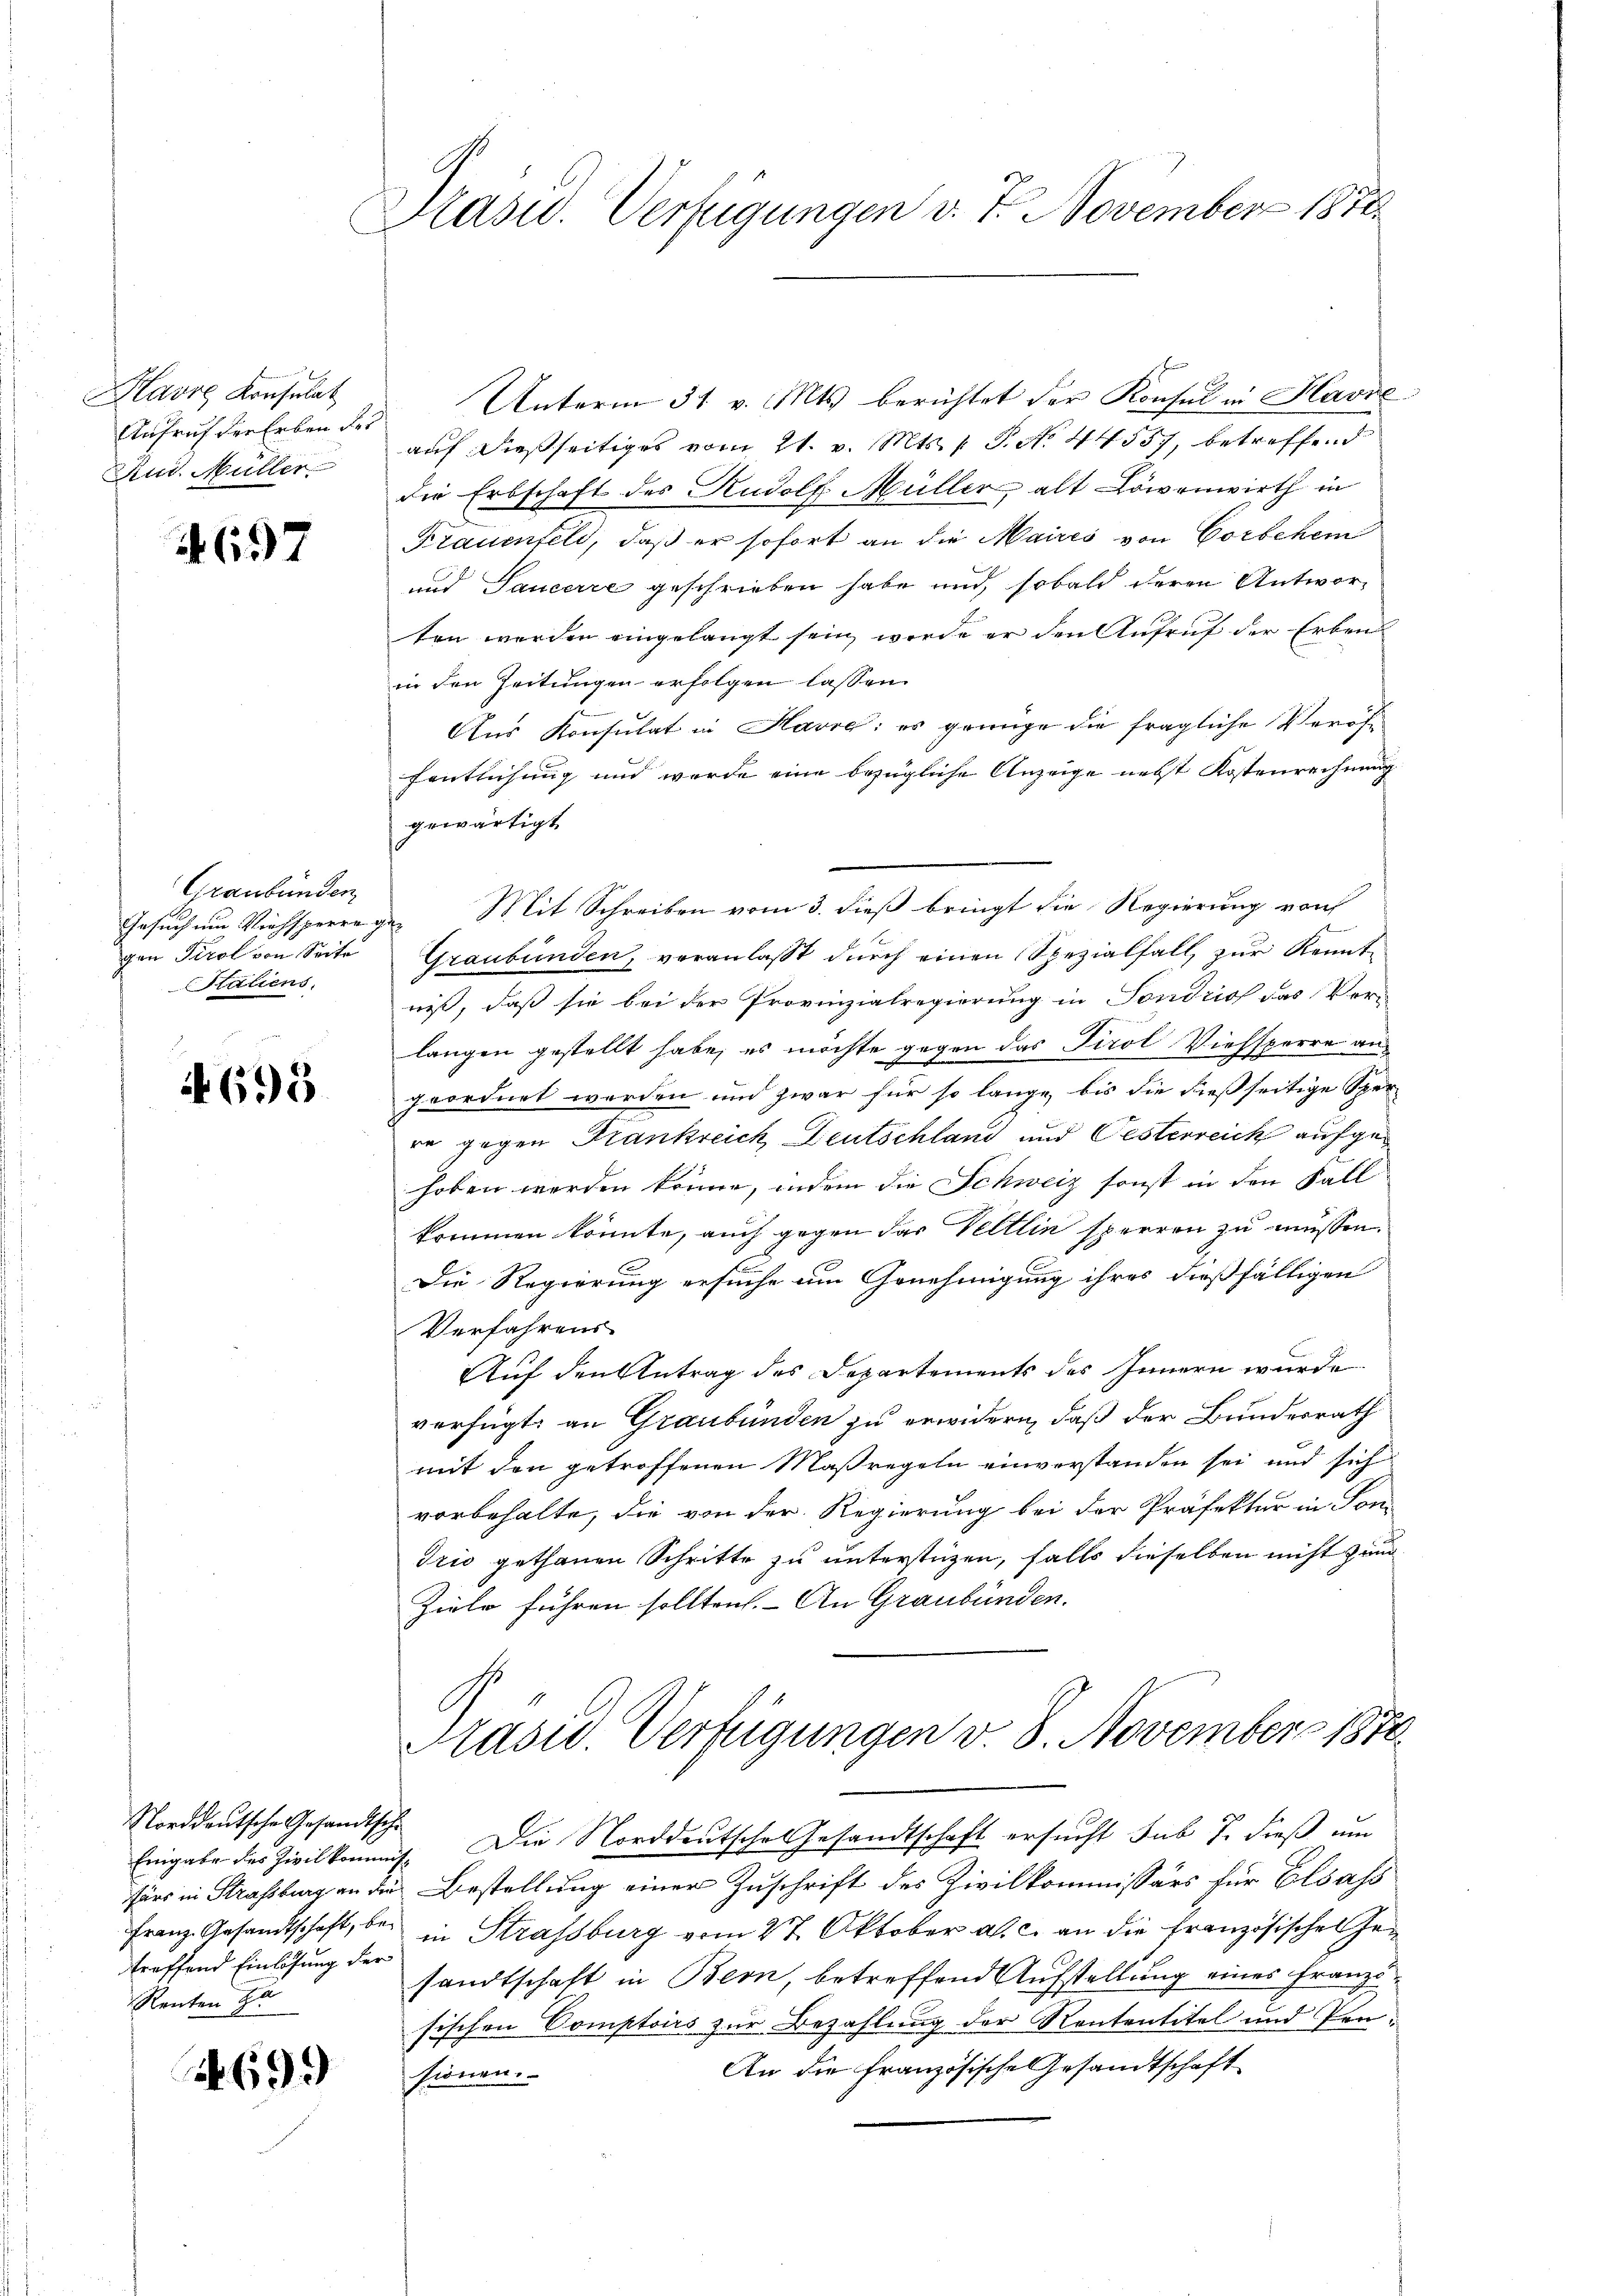
avre Konsulat
Aufruf verleben der
Aut. Müller

657

Graubünden
Gesuch um Viehsperre
gen Tirol von Seite
Saliens,

695

Norddeutsche Gesandtsche
treffend Einlösung der
Renten zu

1699

Präsid. Verfügungen v. 7. November 1870

Unterm 31. v. Mts. berichtet der Konsul in Havre
auf dießseitiges vom 21. v. Mts. 1 P. Nr. 44557, betreffend
die Erbschaft des Rudolf Müller, alt Löwenwirth in
Frauenfeld, daß er sofort an die Maires von Corsehen
und Saucerre geschrieben habe und sobald deren Antwor-
ten werden eingelangt sein, werde er den Aufruf der Erben
in den Zeitungen erfolgen lassen.
Aus Konsulat in Havre: es genüge die fragliche Veröffentlichung und werde eine bezügliche Anzeige nebst Kostenrechnung
gewärtigt
de Mit Schreiben vom 3. dieß bringt die Regierung von
Graubünden, veranlasst durch einen Spezialfall, zur Kenntniß, daß sie bei der Provinzialregierung in Sondcio das Ver-
langen gestellt habe, es möchte gegen das Tirol Viehsperre angeordnet werden und zwar für so lange, bis die dießseitige Sper-
re gegen Frankreich Deutschland und Oesterreich aufgehoben werden könne, indem die Schweiz sonst in den Fall
kommen könnte, auch gegen das Veltlin sperren zu müssen.
Die Regierung ersuche um Genehmigung ihres dießfälligen
Verfahrens
Auf den Antrag des Departements des Innern wurde
verfügt, an Graubünden zu erwidern, daß der Bundesrath
mit den getroffenen Maßregeln einverstanden sei und sich
vorbehalte, die von der Regierung bei der Präfektur in Son-
Trio gethanen Schritte zu unterstüzen, falls dieselben nicht zun
Ziele führen sollten. - An Graubünden.
Präsid. Verfügungen v. 8. November 1870
Eingabe des Zivilkommen. Die Norddeutsche Gesandtschaft ersucht sub 7. dieß um
fürs in Strassburg an die Bestellung einer Zuschrift des Zivilkommissärs für Elsass
Franz Gesandtschaft, bei in Strassburg vom 27. Oktober a. c. an die französischen Gesandtschaft in Bern, betreffend Aufstellung eines Französischen Comptoirs zur Bezahlung der Kontentitel und Pen¬
An die Französische Gesandtschaft
sionen.